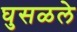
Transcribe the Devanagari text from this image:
घुसळले